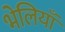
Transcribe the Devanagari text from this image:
भेलियाँ